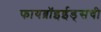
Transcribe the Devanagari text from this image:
फायब्रॉइईड्‌सची